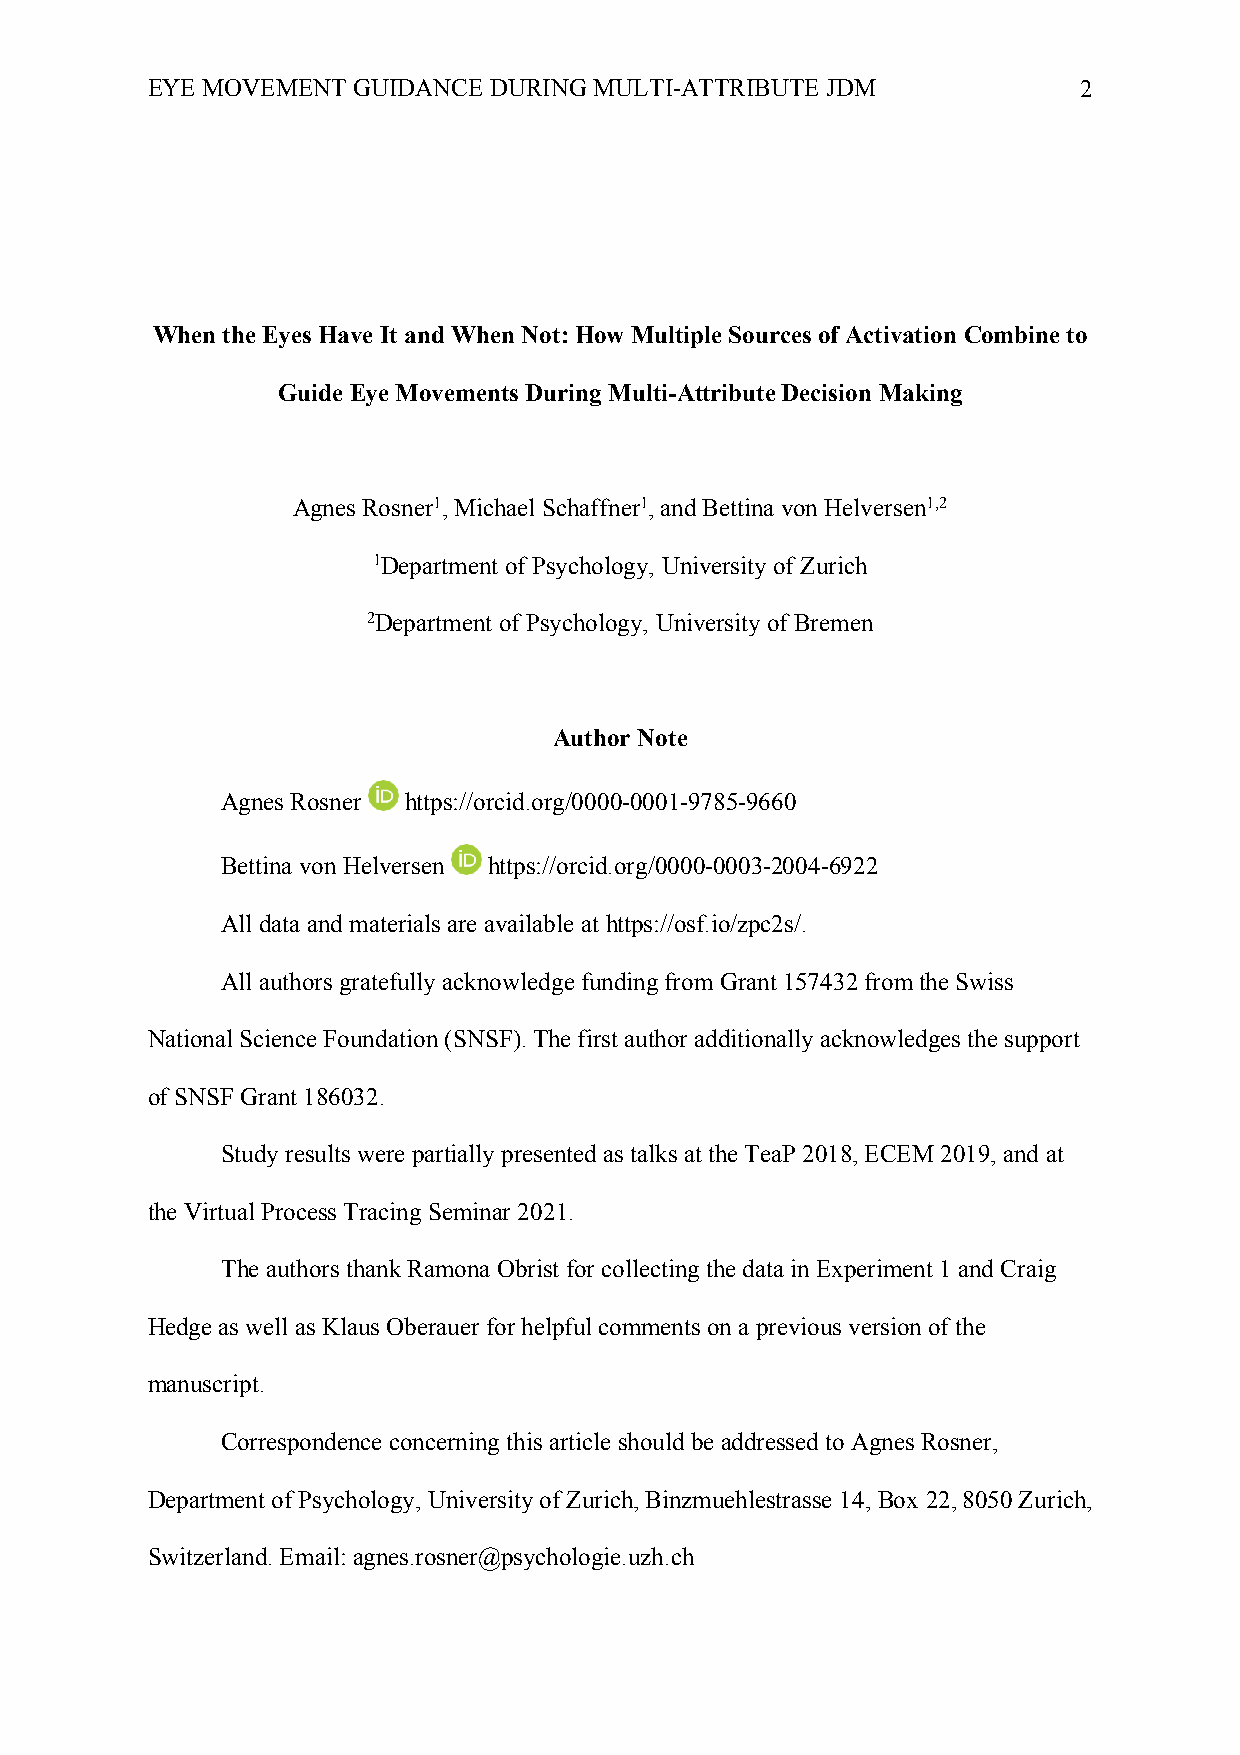
EYE MOVEMENT GUIDANCE DURING MULTI-ATTRIBUTE JDM              2
 When the Eyes Have It and When Not: How Multiple Sources of Activation Combine to
 Guide Eye Movements During Multi-Attribute Decision Making
 Agnes Rosner1, Michael Schaffner1, and Bettina von Helversen1,2
 1Department of Psychology, University of Zurich
 2Department of Psychology, University of Bremen
 Author Note
 Agnes Rosner https://orcid.org/0000-0001-9785-9660
 Bettina von Helversen https://orcid.org/0000-0003-2004-6922
 All data and materials are available at https://osf.io/zpc2s/.
 All authors gratefully acknowledge funding from Grant 157432 from the Swiss
 National Science Foundation (SNSF). The first author additionally acknowledges the support
 of SNSF Grant 186032.
 Study results were partially presented as talks at the TeaP 2018, ECEM 2019, and at
 the Virtual Process Tracing Seminar 2021.
 The authors thank Ramona Obrist for collecting the data in Experiment 1 and Craig
 Hedge as well as Klaus Oberauer for helpful comments on a previous version of the
 manuscript.
 Correspondence concerning this article should be addressed to Agnes Rosner,
 Department of Psychology, University of Zurich, Binzmuehlestrasse 14, Box 22, 8050 Zurich,
 Switzerland. Email: agnes.rosner@psychologie.uzh.ch